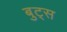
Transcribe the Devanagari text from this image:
बुट्स